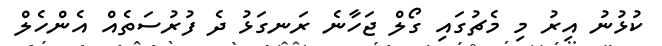
ކުޅުނު އިރު މި މެޗުގައި ގޯލް ޖަހާނެ ރަނގަޅު ދެ ފުރުސަތެއް އެންހެލް